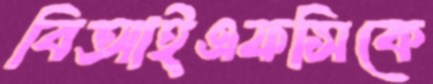
বিআইএফসিকে